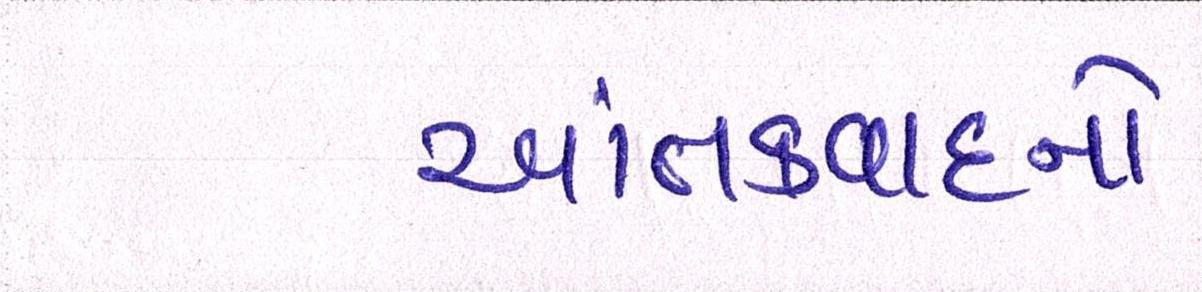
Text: આતંકવાદનો